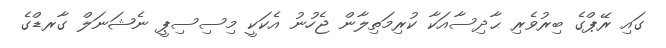
ގައި ރޭޕްގެ ބިރުވެރި ޙާދިސާއަކާ ކުރިމަތިލާން ޖެހުނު އެކަކީ މިސިސިޕީ ނެޝަނަލް ގާރޑްގެ